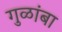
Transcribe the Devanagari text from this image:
गुळांबा